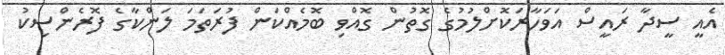
އެއީ ސީދާ ރައީސް އަވަހާރަކޮށްލުމުގެ ގޮތުން ގޮއްވި ބޮމެއްކަން ފުރަތަމަ ލަންކާގެ ފޮރެންސިކު